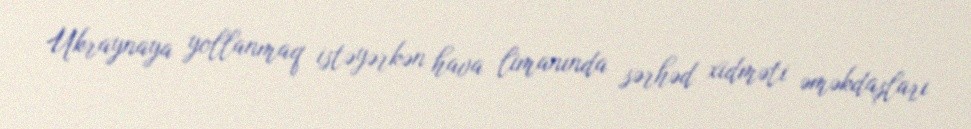
Ukraynaya yollanmaq istəyərkən hava limanında sərhəd xidməti əməkdaşları